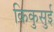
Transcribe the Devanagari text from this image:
किकुसुई